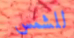
للشمس